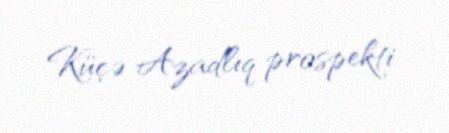
Küçə Azadlıq prospekti